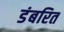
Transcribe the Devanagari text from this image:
डंबरित